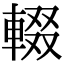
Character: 輟